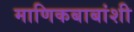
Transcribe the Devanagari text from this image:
माणिकबाबांशी